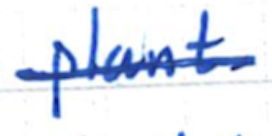
Text: plant
Cross-out: single-line
Writing tool: ballpoint